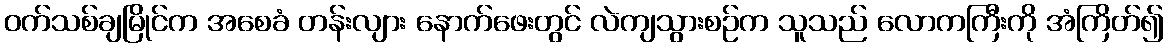
ဝက်သစ်ချမြိုင်က အစေခံ တန်းလျား နောက်ဖေးတွင် လဲကျသွားစဉ်က သူသည် လောကကြီးကို အံကြိတ်၍